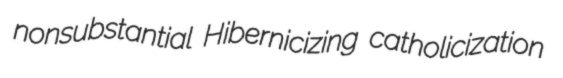
nonsubstantial Hibernicizing catholicization